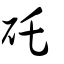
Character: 矺